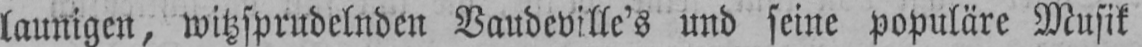
launigen, witzsprudelnden Vaudeville’s und seine populäre Musik